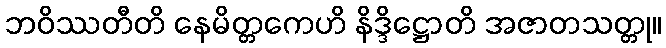
ဘဝိဿတီတိ နေမိတ္တကေဟိ နိဒ္ဒိဋ္ဌောတိ အဇာတသတ္တု။